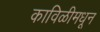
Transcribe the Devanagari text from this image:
काविळीमधून